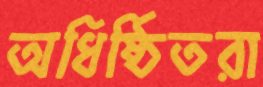
অধিষ্ঠিতরা